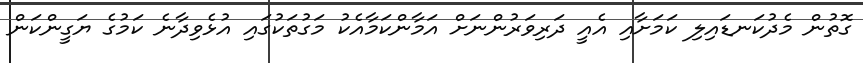
ގޮތުން މެދުކަނޑައިލި ކަމަށާއި އެއީ ދަރިވަރުންނަށް އަމާންކަމާއެކު މަގުތަކުގައި އުޅެވިދާނެ ކަމުގެ ޔަގީންކަން